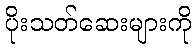
ပိုးသတ်ဆေးများကို